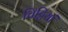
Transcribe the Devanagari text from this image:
चिट्टियां